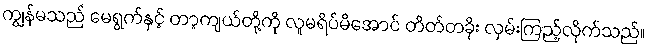
ကျွန်မသည် မေရွက်နှင့် တာ့ကျယ်တို့ကို လူမရိပ်မိအောင် တိတ်တခိုး လှမ်းကြည့်လိုက်သည်။